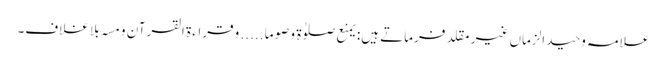
علامہ وحید الزماں غیر مقلد فرماتے ہیں: یمنع صلوٰۃ و صوما ..... و قراءۃ القرآن و مسہ بلا غلاف۔